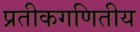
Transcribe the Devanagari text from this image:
प्रतीकगणितीय